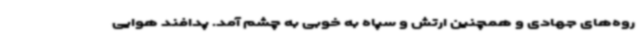
روه‌های جهادی و همچنین ارتش و سپاه به خوبی به چشم آمد. پدافند هوایی